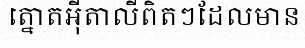
ត្នោតអ៊ីតាលីពិតៗដែលមាន